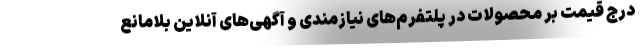
درج قیمت بر محصولات در پلتفرم‌های نیازمندی و آگهی‌های آنلاین بلامانع